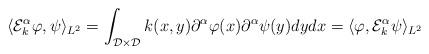
LaTeX: \begin{align*}\langle \mathcal{E}_k^{\alpha}\varphi, \psi \rangle_{L^2} &= \int_{\mathcal{D}\times \mathcal{D}}k(x,y)\partial^{\alpha}\varphi(x)\partial^{\alpha}\psi(y)dydx = \langle \varphi, \mathcal{E}_k^{\alpha}\psi \rangle_{L^2}\end{align*}